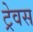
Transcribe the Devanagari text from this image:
ट्रेवस